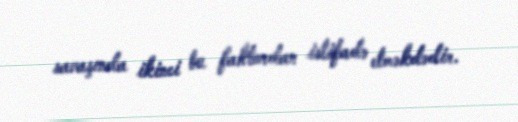
savaşında ikinci bu faktordan istifadə etməkdədir.